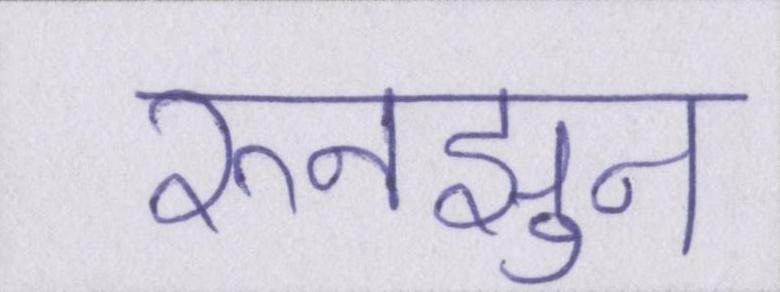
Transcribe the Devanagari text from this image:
रुनझुन